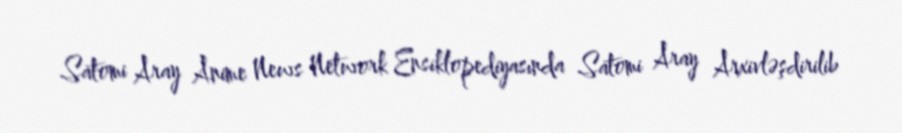
Satomi Aray Anime News Network Ensiklopediyasında Satomi Aray Arxivləşdirilib